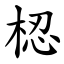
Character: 梕